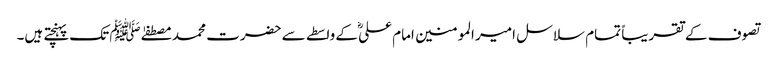
تصوف کے تقریباً تمام سلاسل امیر المومنین امام علیؓ کے واسطے سے حضرت محمد مصطفےٰ ﷺ تک پہنچتے ہیں۔